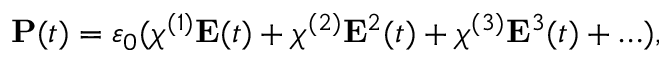
\mathbf { P } ( t ) = \varepsilon _ { 0 } ( \chi ^ { ( 1 ) } \mathbf { E } ( t ) + \chi ^ { ( 2 ) } \mathbf { E } ^ { 2 } ( t ) + \chi ^ { ( 3 ) } \mathbf { E } ^ { 3 } ( t ) + \ldots ) ,